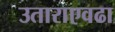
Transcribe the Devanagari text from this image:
उताराएवढा